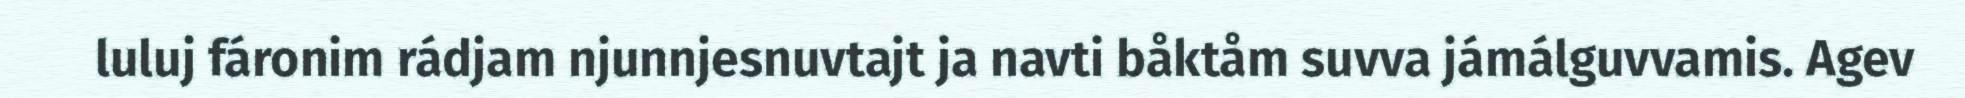
luluj fáronim rádjam njunnjesnuvtajt ja navti båktåm suvva jámálguvvamis. Agev